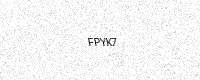
Text: FPYK7